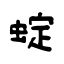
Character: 蝊